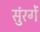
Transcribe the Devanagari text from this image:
सुंरगें